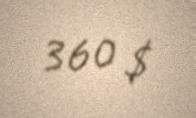
360 $